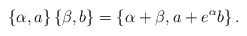
\begin{align*}\left\{ \alpha ,a\right\} \left\{ \beta ,b\right\} =\left\{ \alpha +\beta,a+e^\alpha b\right\} . \end{align*}